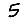
Digit: 5